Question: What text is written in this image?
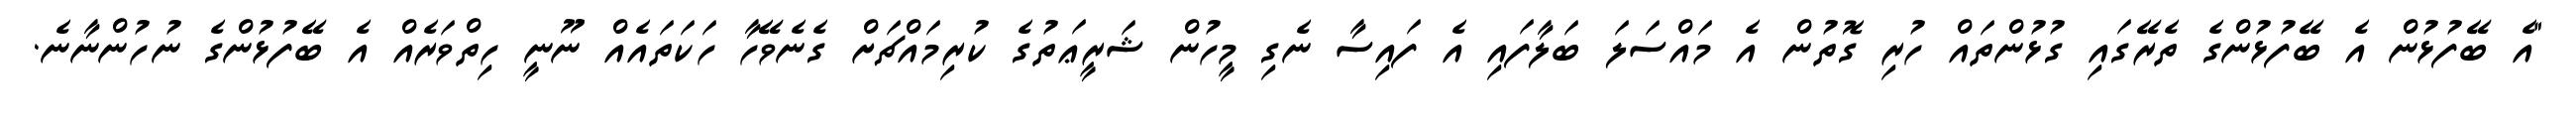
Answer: "އެ ބޭފުޅުން އެ ބޭފުޅުންގެ ތެރޭގައި ގުޅުންތައް ހުރި ގޮތުން އެ މައްސަލަ ބަލާފައި އެ ފައިސާ ނެގި މީހުން ޝަރީޢަތުގެ ކުރިމައްޗަށް ގެނެވޭހާ ހަކަތައެއް ނޫނީ ހިތްވަރެއް އެ ބޭފުޅުންގެ ނުހުންނާނެ.